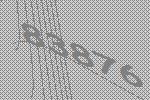
83876